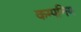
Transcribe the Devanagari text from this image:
कम्पनिय